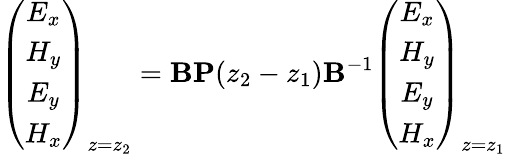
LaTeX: \left(\begin{array}{c}{E_{x}}\\ {H_{y}}\\ {E_{y}}\\ {H_{x}}\end{array}\right)_{z=z_{2}}=\mathbf B\mathbf{P}(z_{2}-z_{1})\mathbf B^{-1}\left(\begin{array}{c}{E_{x}}\\ {H_{y}}\\ {E_{y}}\\ {H_{x}}\end{array}\right)_{z=z_{1}}